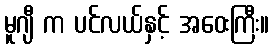
မူဂျီ က ပင်လယ်နှင့် အဝေးကြီး။